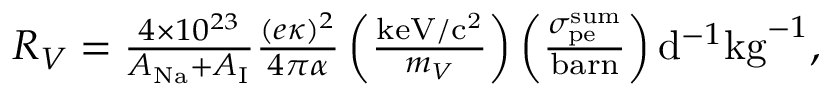
\begin{array} { r } { R _ { V } = \frac { 4 \times 1 0 ^ { 2 3 } } { A _ { \mathrm { N a } } + A _ { \mathrm { I } } } \frac { ( e \kappa ) ^ { 2 } } { 4 \pi \alpha } \left( \frac { \mathrm { k e V / c ^ { 2 } } } { m _ { V } } \right) \left( \frac { \sigma _ { \mathrm { p e } } ^ { \mathrm { s u m } } } { \mathrm { b a r n } } \right) \mathrm { d } ^ { - 1 } \mathrm { k g } ^ { - 1 } , } \end{array}